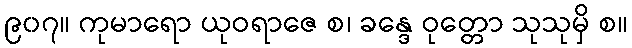
၉၀၇။ ကုမာရော ယုဝရာဇေ စ၊ ခန္ဒေ ဝုတ္တော သုသုမှိ စ။